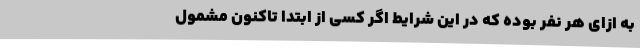
به ازای هر نفر بوده که در این شرایط اگر کسی از ابتدا تاکنون مشمول